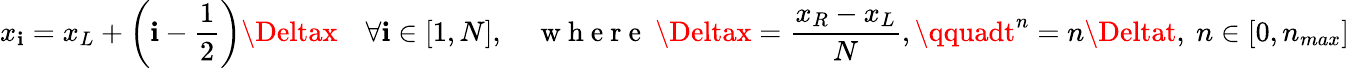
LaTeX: x_{\mathbf{i}}=x_{L}+\left(\mathbf{i}-\frac{{1}}{{2}}\right)\Deltax\quad\forall\mathbf{i}\in[1,N],\quad\mathrm{{~w~h~e~r~e~}}\ \Deltax=\frac{{x_{R}-x_{L}}}{{N}},\qquadt^{n}=n\Deltat,\ n\in[0,n_{max}]